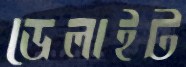
ডেলাইট